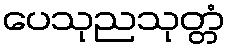
ပေသုညသုတ္တံ